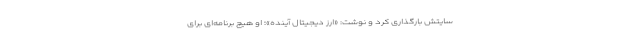
سایتش بارگذاری کرد و نوشت: «ارز دیجیتال آینده»؛ او هیچ برنامه‌ای برای